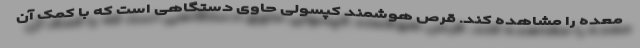
معده را مشاهده کند. قرص هوشمند کپسولی حاوی دستگاهی است که با کمک آن